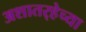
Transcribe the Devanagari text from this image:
अशातर्‍हेच्या